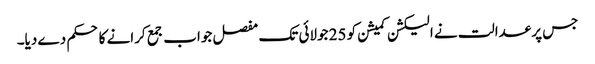
جس پر عدالت نے الیکشن کمیشن کو 25 جولائی تک مفصل جواب جمع کرانے کا حکم دے دیا۔